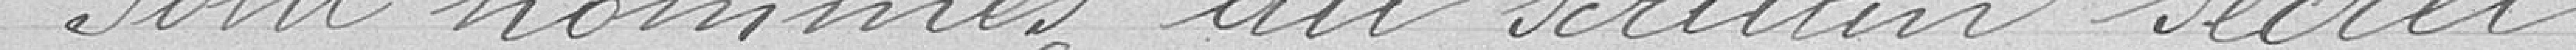
Sont nommés au scrutin secret